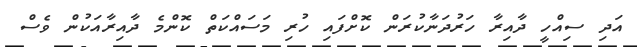
އަދި ސިއްހީ ދާއިރާ ހަރުދަނާކުރަން ކޮށްފައި ހުރި މަސައްކަތް ކޮންމެ ދާއިރާއަކުން ވެސް